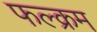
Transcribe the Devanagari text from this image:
फल्क्रम